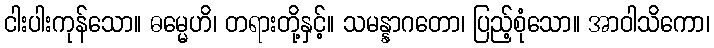
ငါးပါးကုန်သော။ ဓမ္မေဟိ၊ တရားတို့နှင့်။ သမန္နာဂတော၊ ပြည့်စုံသော။ အာဝါသိကော၊